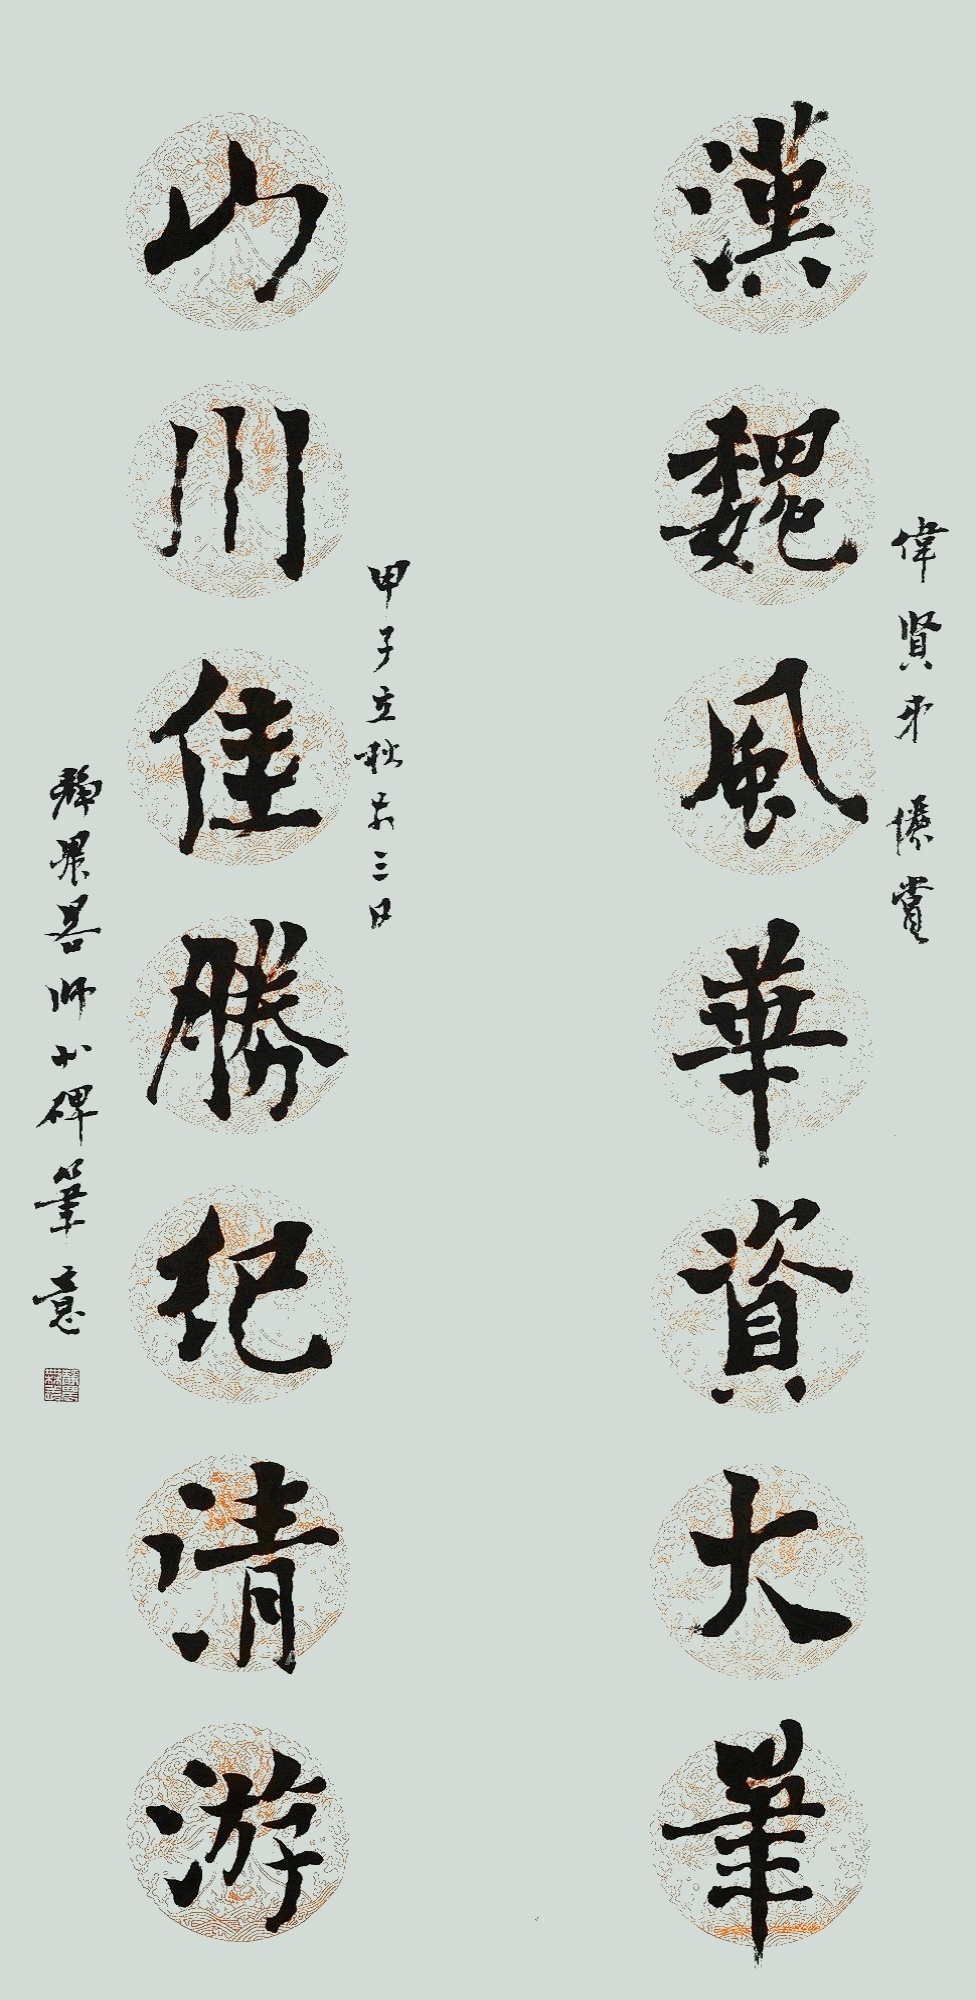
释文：汉魏风华资大笔，山川佳胜纪清游。伟贤弟俪赏。甲子立秋前三日，静农略师北碑笔意。